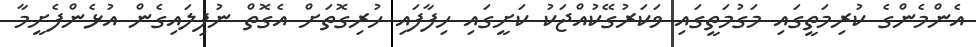
އެންމެންގެ ކުރިމަތީގައި މަގުމަތީގައި ވަކަރުގޭކުއްޖަކު ކަށީގައި ހިފާފައި ހުރިގޮތަށް އެގޮތް ނުފިލައިގެން އުޅެންފެށީމާ